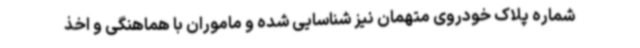
شماره پلاک خودروی متهمان نیز شناسایی شده و ماموران با هماهنگی و اخذ